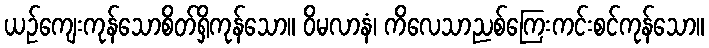
ယဉ်ကျေးကုန်သောစိတ်ရှိကုန်သော။ ဝိမလာနံ၊ ကိလေသာညစ်ကြေးကင်းစင်ကုန်သော။